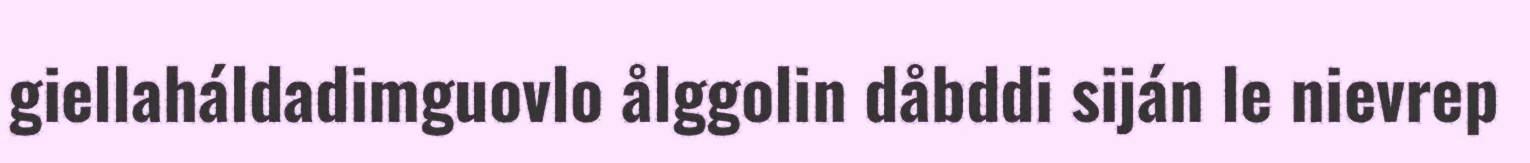
giellaháldadimguovlo ålggolin dåbddi siján le nievrep